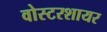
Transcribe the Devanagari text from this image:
वोस्टरशायर